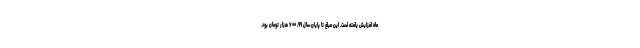
ماه افزایش یافته است. این مبلغ تا پایان سال ۹۹، ۷۰۰ هزار تومان بود.